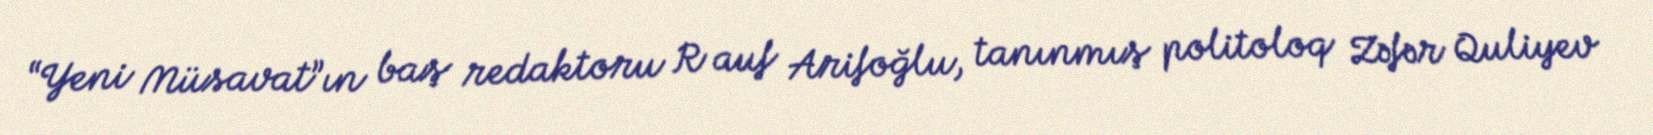
“Yeni Müsavat”ın baş redaktoru R auf Arifoğlu, tanınmış politoloq Zəfər Quliyev